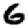
Digit: 6